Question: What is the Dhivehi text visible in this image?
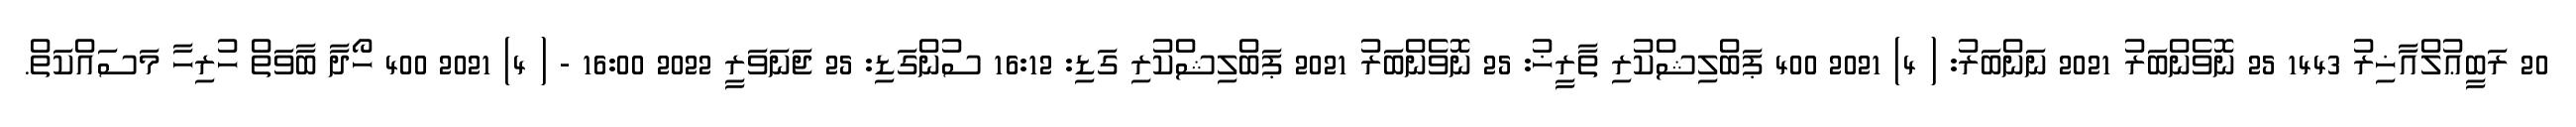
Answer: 20 ރަބީޢުލްއާޚިރު 1443 25 ނޮވެންބަރު 2021 ނަންބަރު: ( 4) 2021 400 ޕަބްލިޝްކުރި ތާރީޚު: 25 ނޮވެންބަރު 2021 ޕަބްލިޝްކުރި ގަޑި: 16:12 ސުންގަޑި: 25 ޖަނަވަރީ 2022 16:00 - ( 4) 2021 400 ހޯދާ ބާވަތް ހުރިހާ މަސައްކަތް.